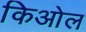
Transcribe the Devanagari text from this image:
किओल